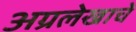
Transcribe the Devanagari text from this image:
अग्रलेखाचे